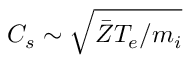
C _ { s } \sim \sqrt { \bar { Z } T _ { e } / m _ { i } }